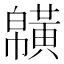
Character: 𪏑